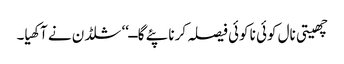
چھیتی نال کوئی نا کوئی فیصلہ کرنا پئے گا ــ‘‘ شلڈن نے آکھیا۔